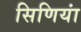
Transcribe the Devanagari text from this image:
सिणियां